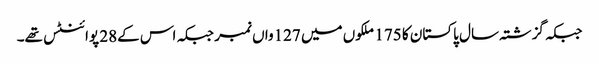
جبکہ گزشتہ سال پاکستان کا 175 ملکوں میں 127واں نمبر جبکہ اس کے28 پوائنٹس تھے۔